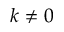
k \neq 0